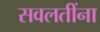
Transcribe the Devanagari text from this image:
सवलतींना